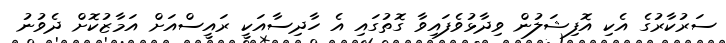
ސަރުކާރުގެ އެކި އޮފިޝަލުން ވިދާޅުވެފައިވާ ގޮތުގައި އެ ހާދިސާއަކީ ރައީސްއަށް އަމާޒުކޮށް ދެވުނު